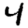
Digit: 4